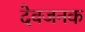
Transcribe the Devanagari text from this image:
देवजनक